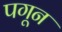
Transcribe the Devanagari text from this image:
पगून